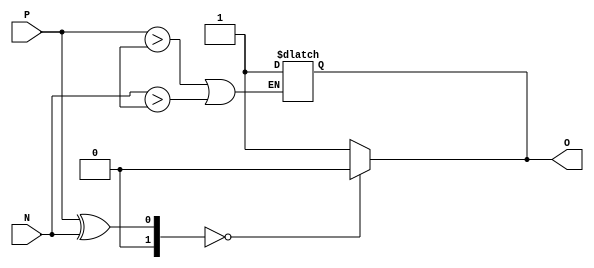
module ECL_buffer (
    input P, // Positive input signal
    input N, // Negative input signal
    output reg O // Output signal
);

// Differential input stage
reg [1:0] input_diff;
assign input_diff = P ^ N;

// Biasing circuitry
reg bias;
assign bias = 1; // Set operating point of the buffer

// Output stage
always @* begin
    if (input_diff == 2'b00) // Low signal level
        O = 0;
    else if (input_diff == 2'b11) // High signal level
        O = 1;
    else // Biasing level
        O = bias;
end

// Protection circuitry
always @(input_diff) begin
    if (P > high_threshold || N > high_threshold) // Protection against high input voltage levels
        O <= bias; // Set output to bias level
end

endmodule